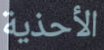
الأحذية